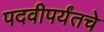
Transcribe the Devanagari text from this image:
पदवीपर्यंतचेे